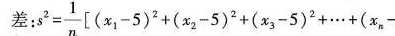
差： $$s ^ { 2 } = \frac{ 1 }{ n } [ ( x _ { 1 } - 5 ) ^ { 2 } + ( x _ { 2 } - 5 ) ^ {2 } + ( x _ { 3 } - 5 ) ^ { 2 } + \cdots + ( x _ { n } -